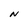
Character: N